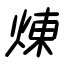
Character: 煉